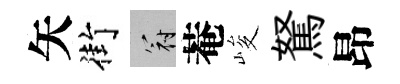
矢街冠菴峻駑昂